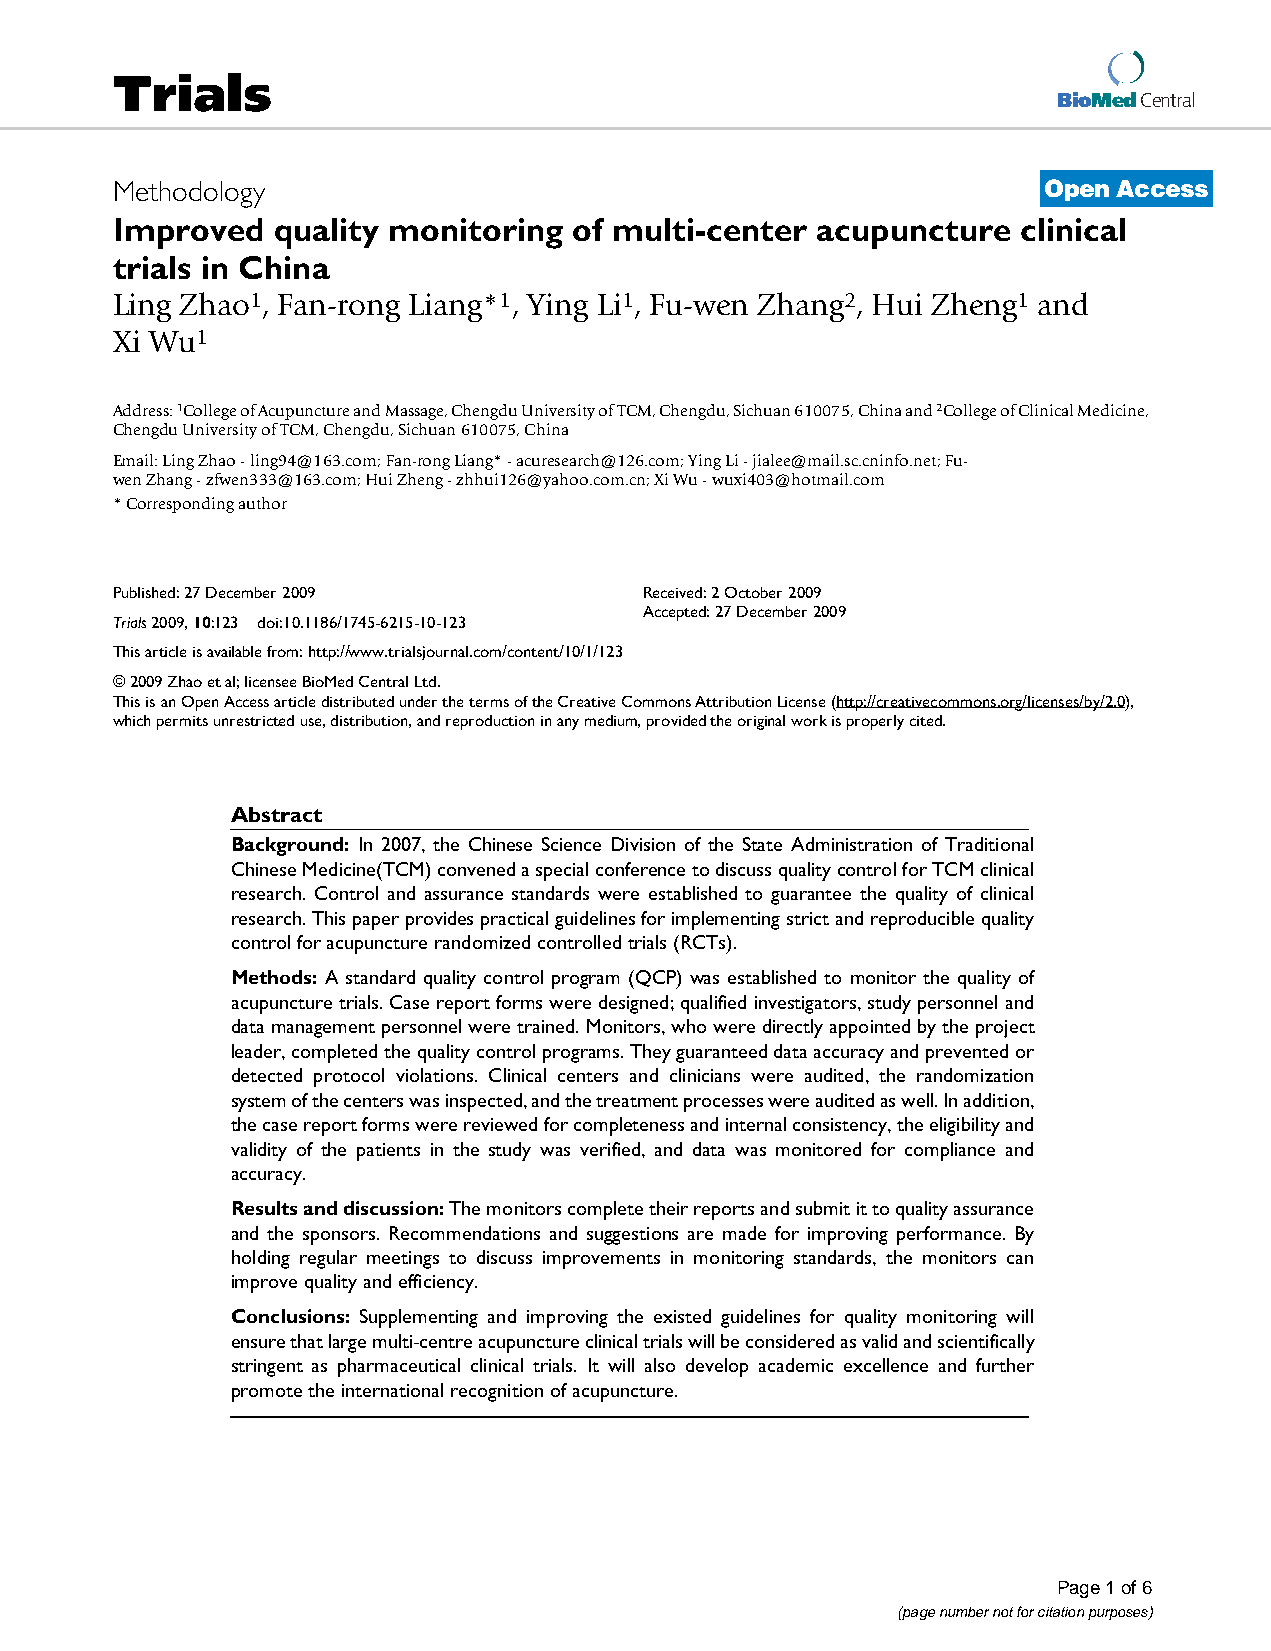
Trials
 BioMed Central
 Methodology                                                  Open Access
 Improved  quality monitoring  of multi-center acupuncture   clinical
 trials in China
 Ling Zhao1, Fan-rong Liang*1, Ying Li1, Fu-wen Zhang2, Hui Zheng1 and
 Xi Wu1
 Address: 1College of Acupuncture and Massage, Chengdu University of TCM, Chengdu, Sichuan 610075, China and 2College of Clinical Medicine,
 Chengdu University of TCM, Chengdu, Sichuan 610075, China
 Email: LingZhao-ling94@163.com; Fan-rongLiang*-acuresearch@126.com; YingLi-jialee@mail.sc.cninfo.net; Fu-
 wenZhang-zfwen333@163.com; HuiZheng-zhhui126@yahoo.com.cn; XiWu-wuxi403@hotmail.com
 * Corresponding author
 Published: 27 December 2009        Received: 2 October 2009
 Accepted: 27 December 2009
 Trials 2009, 10:123 doi:10.1186/1745-6215-10-123
 This article is available from: http://www.trialsjournal.com/content/10/1/123
 © 2009 Zhao et al; licensee BioMed Central Ltd.
 This is an Open Access article distributed under the terms of the Creative Commons Attribution License (http://creativecommons.org/licenses/by/2.0),
 which permits unrestricted use, distribution, and reproduction in any medium, provided the original work is properly cited.
 Abstract
 Background: In 2007, the Chinese Science Division of the State Administration of Traditional
 Chinese Medicine(TCM) convened a special conference to discuss quality control for TCM clinical
 research. Control and assurance standards were established to guarantee the quality of clinical
 research. This paper provides practical guidelines for implementing strict and reproducible quality
 control for acupuncture randomized controlled trials (RCTs).
 Methods: A standard quality control program (QCP) was established to monitor the quality of
 acupuncture trials. Case report forms were designed; qualified investigators, study personnel and
 data management personnel were trained. Monitors, who were directly appointed by the project
 leader, completed the quality control programs. They guaranteed data accuracy and prevented or
 detected protocol violations. Clinical centers and clinicians were audited, the randomization
 system of the centers was inspected, and the treatment processes were audited as well. In addition,
 the case report forms were reviewed for completeness and internal consistency, the eligibility and
 validity of the patients in the study was verified, and data was monitored for compliance and
 accuracy.
 Results and discussion: The monitors complete their reports and submit it to quality assurance
 and the sponsors. Recommendations and suggestions are made for improving performance. By
 holding regular meetings to discuss improvements in monitoring standards, the monitors can
 improve quality and efficiency.
 Conclusions: Supplementing and improving the existed guidelines for quality monitoring will
 ensure that large multi-centre acupuncture clinical trials will be considered as valid and scientifically
 stringent as pharmaceutical clinical trials. It will also develop academic excellence and further
 promote the international recognition of acupuncture.
 Page 1 of 6
 (page number not for citation purposes)